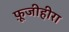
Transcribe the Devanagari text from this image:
फ़ूजीहीरा